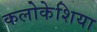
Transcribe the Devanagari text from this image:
कलोकेशिया